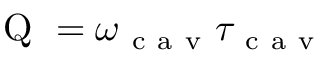
\mathrm { ~ Q ~ } = \omega _ { \mathrm { ~ c ~ a ~ v ~ } } \tau _ { \mathrm { ~ c ~ a ~ v ~ } }